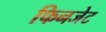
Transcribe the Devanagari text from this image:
फिनजेट